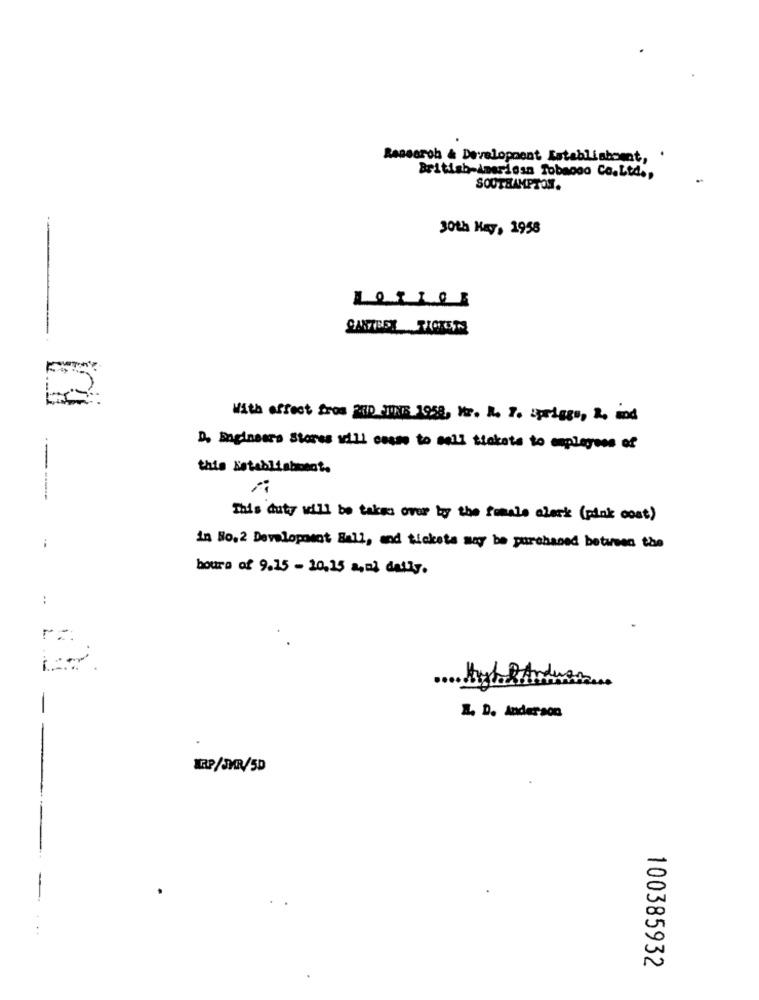
Research & Development Establishomt, .
British-American Tobacco Co.Ltd .,
SOUTHAMPTON.
30th May, 1958
2
With effect from FIND STINE 1958, Mr. R. T. Springs, 2, and
D. Engineers Stores all cesse to sell tickets to employees of
this Establishment.
- ---
This duty will be takes over by the female aleck (pink cost)
in No.2 Development Hall, and tickets may be purchased between the
boura of 9.15 - 10,15 a,02 daily.
:
A. D. Anderson
KRP/JMR/50
100385932